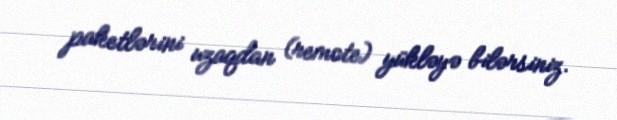
paketlərini uzaqdan (remote) yükləyə bilərsiniz.